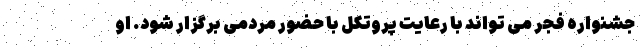
جشنواره فجر می تواند با رعایت پروتکل با حضور مردمی برگزار شود. او